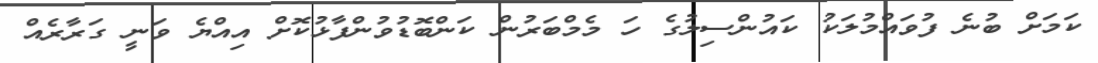
ކަމަށް ބުނެ ފުވައްމުލަކު ކައުންސިލުގެ ހަ މެމްބަރުން ކަންބޮޑުވުންފާޅުކޮށް އިއްޔެ ވަނީ ގަރާރެއް